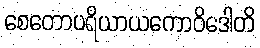
စေတောပရိယာယကောဝိဒေါတိ